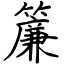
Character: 簾